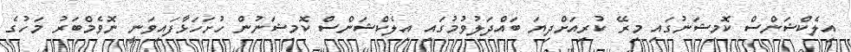
އިލެކްޝަންސް ކޮމިޝަނުގައި މިރޭ ކުރިއަށްދިޔަ ބައްދަލުވުމުގައި އިލެކްޝަންސް ކޮމިޝަނުން ހުށަހަޅާފައިވަނީ ނޮވެމްބަރު މަހުގެ